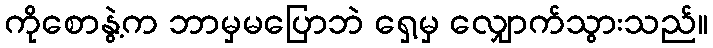
ကိုစောနွဲ့က ဘာမှမပြောဘဲ ရှေ့မှ လျှောက်သွားသည်။